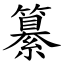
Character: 纂